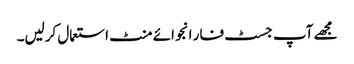
مجھے آپ جسٹ فار انجوائے منٹ استعمال کرلیں۔